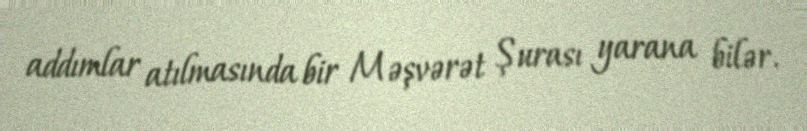
addımlar atılmasında bir Məşvərət Şurası yarana bilər.